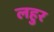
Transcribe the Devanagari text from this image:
लहुर